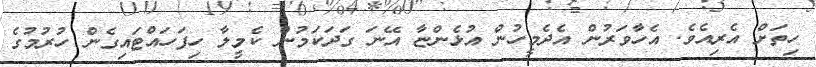
ހިތަށް އެރިއެވެ. އެހާވަރުން އެދެމީހުން އުޅެންޏާ އޭނަ ގަދަކަމުން ކެމީލާ ހިފަހައްޓައިގެން ހުރުމުގެ